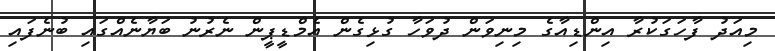
މިއަދު ފާހަގަކުރާ އިންޑިއާގެ މިނިވަން ދުވަހާ ގުޅިގެން އެމްޑީޕީން ނެރުނު ބަޔާނެއްގައި ބުނެފައި